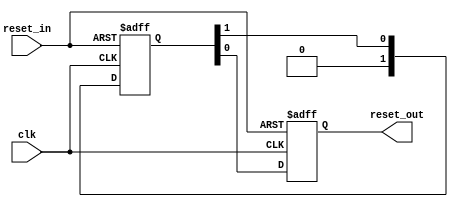
// (C) 2001-2023 Intel Corporation. All rights reserved.
// Your use of Intel Corporation's design tools, logic functions and other 
// software and tools, and its AMPP partner logic functions, and any output 
// files from any of the foregoing (including device programming or simulation 
// files), and any associated documentation or information are expressly subject 
// to the terms and conditions of the Intel Program License Subscription 
// Agreement, Intel FPGA IP License Agreement, or other applicable 
// license agreement, including, without limitation, that your use is for the 
// sole purpose of programming logic devices manufactured by Intel and sold by 
// Intel or its authorized distributors.  Please refer to the applicable 
// agreement for further details.


// $Id: //acds/rel/23.4/ip/iconnect/merlin/altera_reset_controller/altera_reset_synchronizer.v#1 $
// $Revision: #1 $
// $Date: 2023/10/12 $

// -----------------------------------------------
// Reset Synchronizer
// -----------------------------------------------
`timescale 1 ns / 1 ns

module altera_reset_synchronizer
#(
    parameter ASYNC_RESET = 1,
    parameter DEPTH       = 2
)
(
    input   reset_in /* synthesis ALTERA_ATTRIBUTE = "SUPPRESS_DA_RULE_INTERNAL=R101" */,

    input   clk,
    output  reset_out
);

    // -----------------------------------------------
    // Synchronizer register chain. We cannot reuse the
    // standard synchronizer in this implementation 
    // because our timing constraints are different.
    //
    // Instead of cutting the timing path to the d-input 
    // on the first flop we need to cut the aclr input.
    // 
    // We omit the "preserve" attribute on the final
    // output register, so that the synthesis tool can
    // duplicate it where needed.
    // -----------------------------------------------
    (*preserve*) reg [DEPTH-1:0] altera_reset_synchronizer_int_chain;
    reg altera_reset_synchronizer_int_chain_out;

    generate if (ASYNC_RESET) begin

        // -----------------------------------------------
        // Assert asynchronously, deassert synchronously.
        // -----------------------------------------------
        always @(posedge clk or posedge reset_in) begin
            if (reset_in) begin
                altera_reset_synchronizer_int_chain <= {DEPTH{1'b1}};
                altera_reset_synchronizer_int_chain_out <= 1'b1;
            end
            else begin
                altera_reset_synchronizer_int_chain[DEPTH-2:0] <= altera_reset_synchronizer_int_chain[DEPTH-1:1];
                altera_reset_synchronizer_int_chain[DEPTH-1] <= 0;
                altera_reset_synchronizer_int_chain_out <= altera_reset_synchronizer_int_chain[0];
            end
        end

        assign reset_out = altera_reset_synchronizer_int_chain_out;
     
    end else begin

        // -----------------------------------------------
        // Assert synchronously, deassert synchronously.
        // -----------------------------------------------
        always @(posedge clk) begin
            altera_reset_synchronizer_int_chain[DEPTH-2:0] <= altera_reset_synchronizer_int_chain[DEPTH-1:1];
            altera_reset_synchronizer_int_chain[DEPTH-1] <= reset_in;
            altera_reset_synchronizer_int_chain_out <= altera_reset_synchronizer_int_chain[0];
        end

        assign reset_out = altera_reset_synchronizer_int_chain_out;
 
    end
    endgenerate

endmodule

`ifdef QUESTA_INTEL_OEM
`pragma questa_oem_00 "bfJJGqHwlkOIjUtfUmDE+3eVyIA1yD0axr/dj7ge4ZFITQ9CM1myKwKNIlVxszvFXuyMLvpA9xtBLLK7ngyCdyGN6C54eCPe93Ak1VLcGVgDgA4d2pRuDYg8WDVzx8BbZIFQhiXUO1FdYlZdi60I07W5PSSJMMr1aXj9VelcLI/KFjRjdquJ7S27k4+VpNQQiHjmOiAcN0nWqmUVc6wGR6CjLOHbNQMqOt2tD6CE1zijRvl6WrtR+oh5fPw7c1wm/d+HswVXgIrZKkhDxfxQKgf0d9HK2ffNvAka/l8bx8Ga/ien5cuDIZ2Jbh3YggHKWZv9lkmG+y35O5/CXKlXpDGeggDSWv+Z2oYor7z+YorzmI1xdhQF4P6aq+y1TME8TjQGljLByJ34W6Pz3X/dLYd8N8YFoK66XmIVphZdsWD9PTBbSsAEeb6looJjw9xEjD/EesAe9ETTy9B6SBWbvONQCJxZ8CY85w0UtyK9Ld775+f775HTI9e1A4MwaSLLtKRApxTFZoQ19Db7tAi29LjOEoq7mJUvtQc/lGsPVTnVrJv8LKSCqPhANW0vfoOBUEof5rdVPaWP9q6qrwMvQB02u0iaiW0xFpglpAJ7lKrOdumyoa8+03kP8JaFd1WQauICONgb6Qmo5LtSF2Kh6eHfxqp4O2A+a0e3GMWhCMgFTubK1NIOs1YTsu2nkTebtjzHug971DmvejmntLZJEhvtm6zKEI+rK1aKvL5qExHg8O2wc7Y6eBSdN34T4/k/qdnrYa8ZQmjNar6/MW/IdR49zUn1Q/XH8Z3E7sWp11o/ZhSX7wjwUxAaGrmO57I9RVUs4uVqJcY9Yh6Dvvq4Fw/uIUpDWsYa0mNror7l9Hz16rel8CdtafwWDTIttj0MWd5arp3JN1e3UoNhVJGqvxt4SZyVc5P2hJIwx48kVpkYY45k82TwyMUbqqvPBt0JbBiAp6+NxSiEH6pWONU7KvlWHgQnCwYlyqlBSF5MJD9nl5DUINTp410puzay1uIb"
`endif